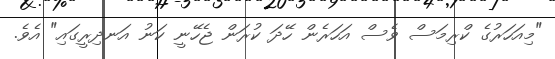
"މިއަހަރުގެ ކްރިމަސް ވެސް އަހަރެން ހޭދަ ކުރަން ޖެހޭނީ ކަނު އަނދިރީގައި" އެވެ.